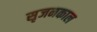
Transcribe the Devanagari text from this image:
सृजनकाल